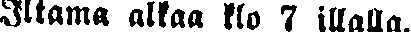
Iltama alkaa klo 7 illalla.